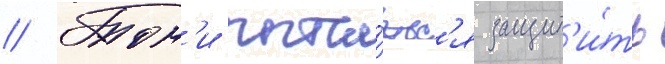
// Тон'и пыта́етс'я защит'и́ть